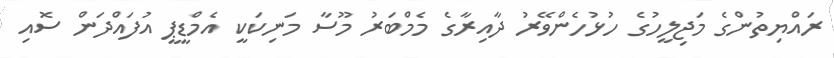
ރައްޔިތުންގެ މަޖިލީހުގެ ހުޅުހެންވޭރު ދާއިރާގެ މެމްބަރު މޫސާ މަނިކަކީ އެމްޑީޕީ އުފައްދަން ސޮއި